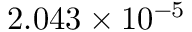
2 . 0 4 3 \times 1 0 ^ { - 5 }